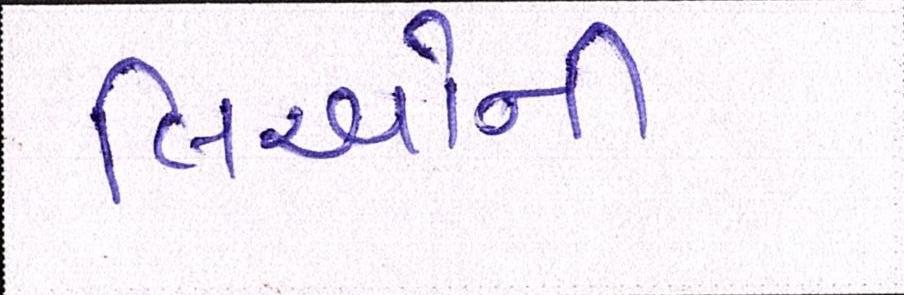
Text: લિઓની